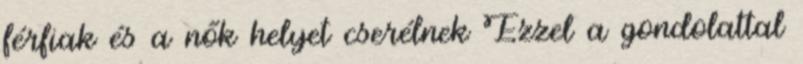
férfiak és a nők helyet cserélnek Ezzel a gondolattal